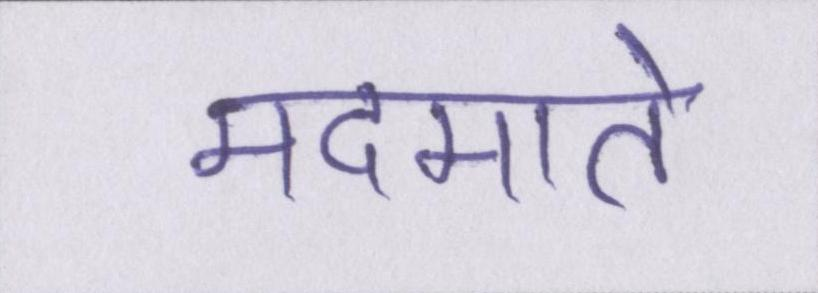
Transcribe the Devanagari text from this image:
मदमाते